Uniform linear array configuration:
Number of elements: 64
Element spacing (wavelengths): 0.5
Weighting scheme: uniform
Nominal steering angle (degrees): -15
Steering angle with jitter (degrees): -15.774
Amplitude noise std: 0.05
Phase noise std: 0.05

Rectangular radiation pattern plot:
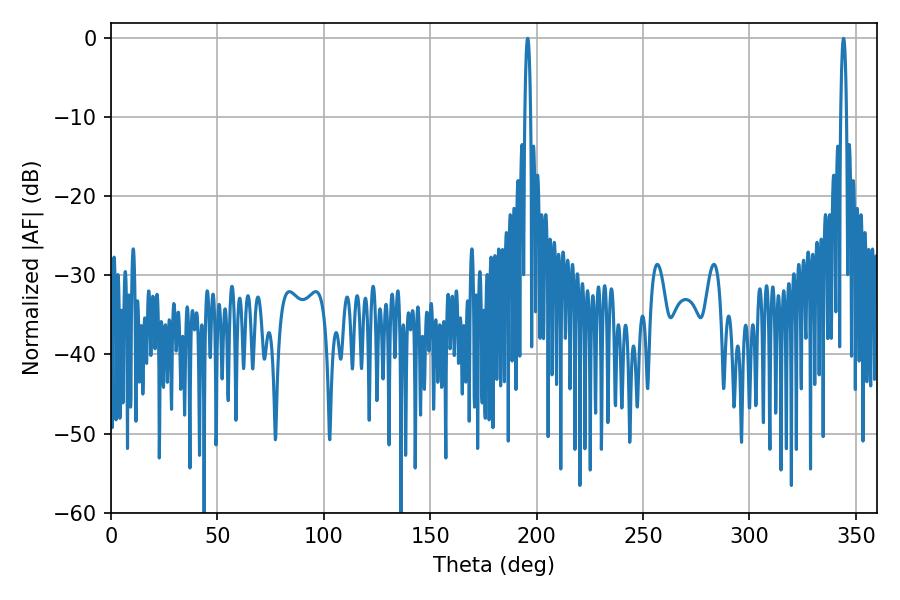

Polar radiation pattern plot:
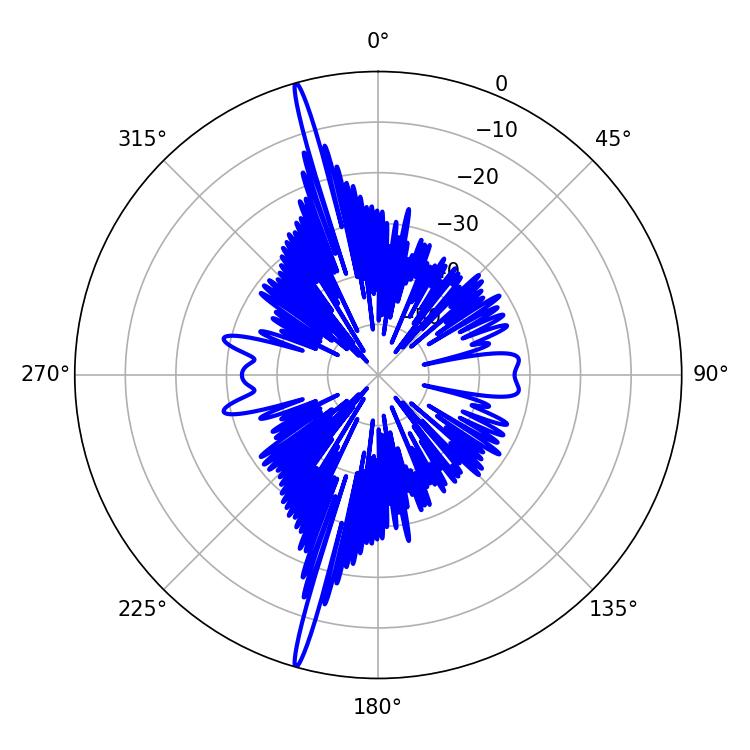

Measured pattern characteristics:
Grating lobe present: FALSE
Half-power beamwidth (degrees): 1.44
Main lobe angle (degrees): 344.16